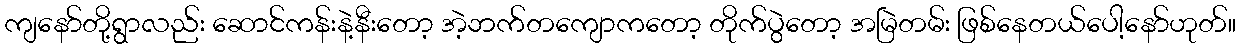
ကျနော်တို့ရွာလည်း ဆောင်ကန်းနဲ့နီးတော့ အဲ့ဘက်တကျောကတော့ တိုက်ပွဲတော့ အမြဲတမ်း ဖြစ်နေတယ်ပေါ့နော်ဟုတ်။